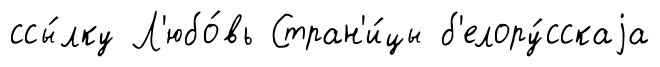
ссы́лку Л'юбо́вь Стран'и́цы б'елору́сскаjа